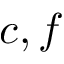
c , f